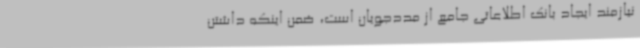
نیازمند ایجاد بانک اطلاعاتی جامع از مددجویان است، ضمن اینکه داشتن